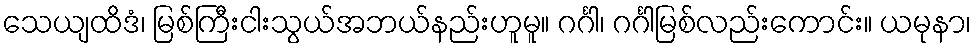
သေယျထိဒံ၊ မြစ်ကြီးငါးသွယ်အဘယ်နည်းဟူမူ။ ဂင်္ဂါ၊ ဂင်္ဂါမြစ်လည်းကောင်း။ ယမုနာ၊